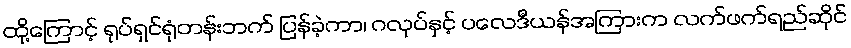
ထို့ကြောင့် ရုပ်ရှင်ရုံတန်းဘက် ပြန်ခဲ့ကာ၊ ဂလုပ်နှင့် ပလေဒီယန်အကြားက လက်ဖက်ရည်ဆိုင်